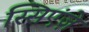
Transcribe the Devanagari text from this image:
स्सिएंज़े